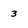
Character: 3